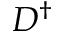
D ^ { \dagger }